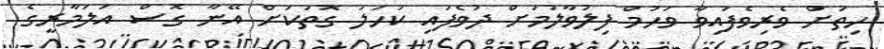
ހިތަށް ވެރިވެފައިވާ ވަހުމް ފިލުވާލުމަށް ދުވެފައި ކަހަލަ ގޮތަކަށް އޭނާ ގޮސް އަލަމާރީގެ